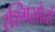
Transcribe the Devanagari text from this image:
रश्मिस्रोतों